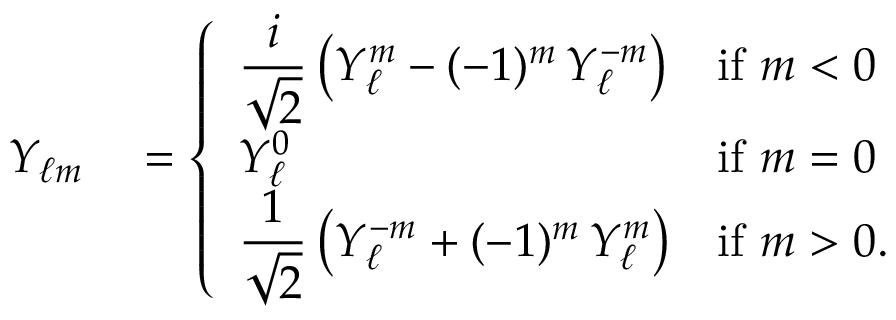
\begin{array} { r l } { Y _ { \ell m } } & { { } = { \left\{ \begin{array} { l l } { \displaystyle { \frac { i } { \sqrt { 2 } } } \left( Y _ { \ell } ^ { m } - ( - 1 ) ^ { m } \, Y _ { \ell } ^ { - m } \right) } & { { \mathrm { i f } } \ m < 0 } \\ { \displaystyle Y _ { \ell } ^ { 0 } } & { { \mathrm { i f } } \ m = 0 } \\ { \displaystyle { \frac { 1 } { \sqrt { 2 } } } \left( Y _ { \ell } ^ { - m } + ( - 1 ) ^ { m } \, Y _ { \ell } ^ { m } \right) } & { { \mathrm { i f } } \ m > 0 . } \end{array} \right. } } \end{array}